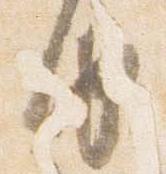
由